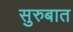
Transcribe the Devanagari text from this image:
सुरुबात